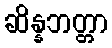
ဆိန္နဘတ္တာ